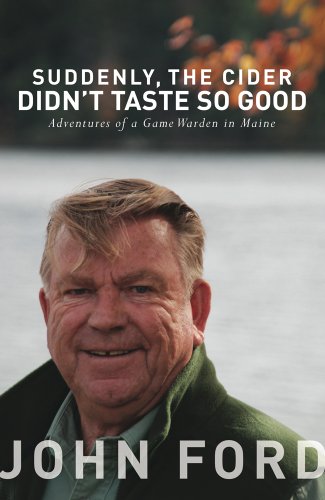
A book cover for Suddenly, the Cider Didn't Taste So Good: Adventures of a Game Warden in Maine; John Ford; Biographies & Memoirs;